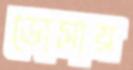
ডোসায়